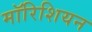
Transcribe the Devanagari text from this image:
मॉरिशियन